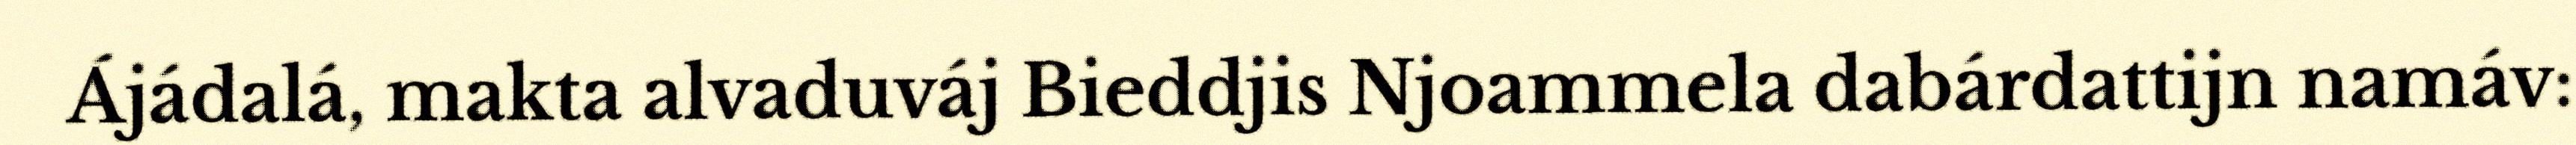
Ájádalá, makta alvaduváj Bieddjis Njoammela dabárdattijn namáv: